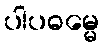
ပါပဓမ္မေ